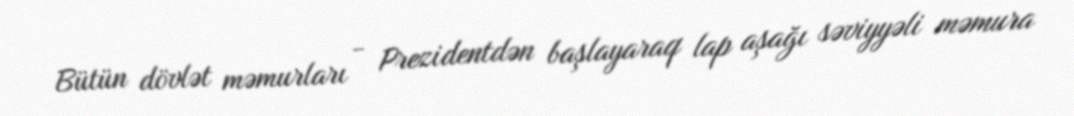
Bütün dövlət məmurları - Prezidentdən başlayaraq lap aşağı səviyyəli məmura